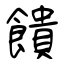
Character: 饋